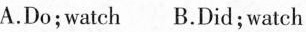
A.Do;watch B.Did; watch